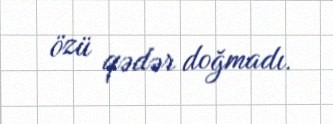
özü qədər doğmadı.